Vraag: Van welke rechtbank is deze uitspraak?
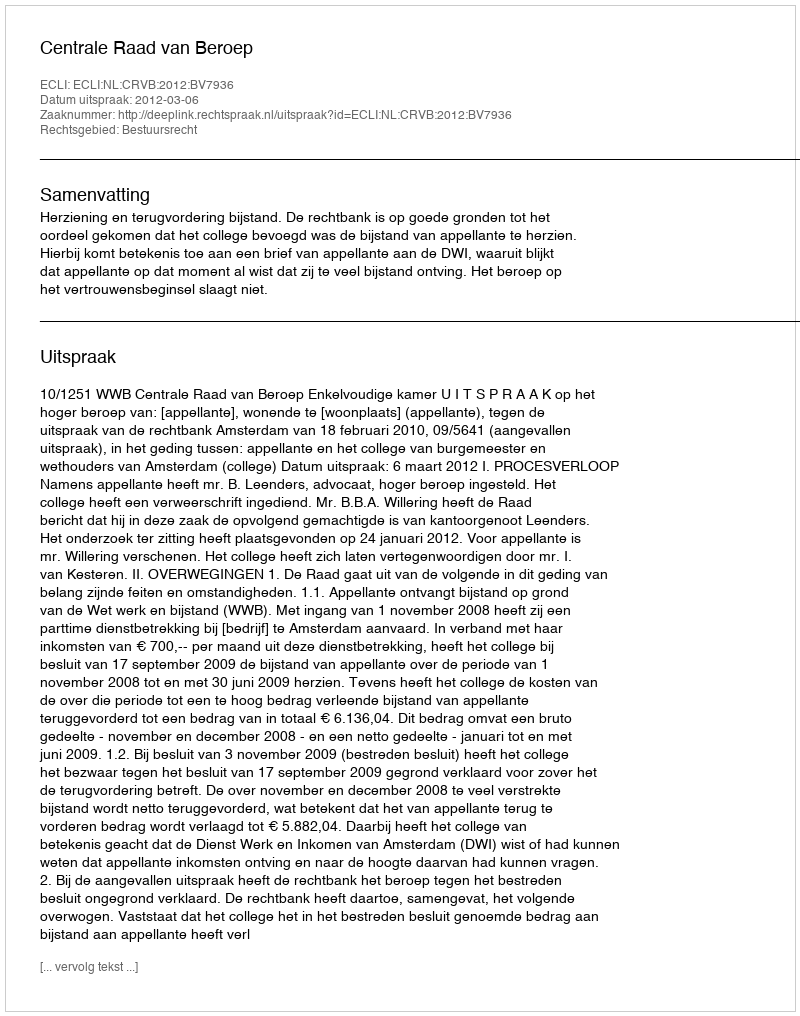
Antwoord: Centrale Raad van Beroep